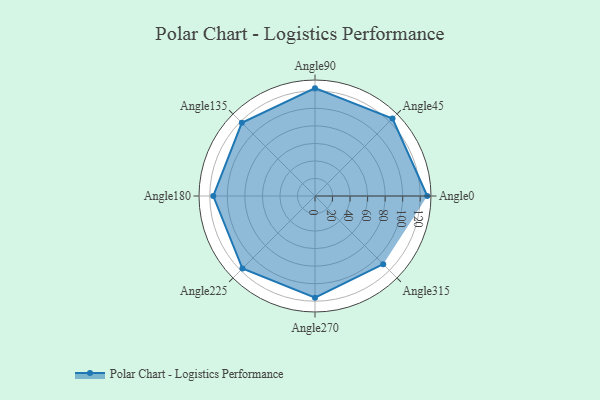
{"axis": {"x": "Angle", "y": "Radius"}, "legend": [""], "data": [{"x": "Angle0", "y": 128.0, "type": ""}, {"x": "Angle45", "y": 125.0, "type": ""}, {"x": "Angle90", "y": 123.0, "type": ""}, {"x": "Angle135", "y": 118.0, "type": ""}, {"x": "Angle180", "y": 116.0, "type": ""}, {"x": "Angle225", "y": 117.0, "type": ""}, {"x": "Angle270", "y": 116.0, "type": ""}, {"x": "Angle315", "y": 110.0, "type": ""}]}